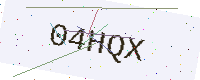
Text: 04HQX